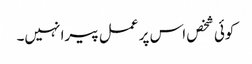
کوئی شخص اس پر عمل پیرا نہیں۔